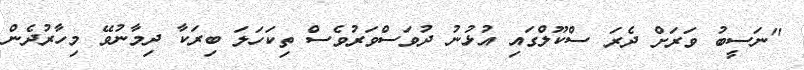
"ނަސީބު ވަރަށް ދެރަ ސްކޫލްގައި އުޅުނު ދުވަސްވަރުވެސް ތިކަހަލަ ބިރަކާ ދިމާނުވޭ މިހާރުދެން